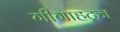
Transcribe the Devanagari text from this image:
गीगाहट्र्ज